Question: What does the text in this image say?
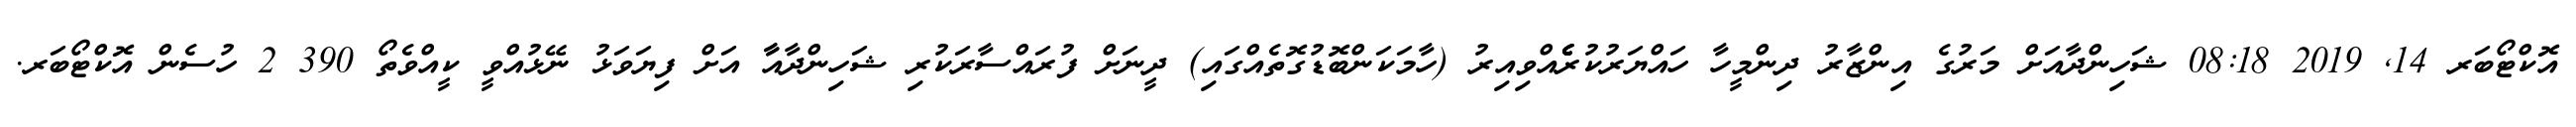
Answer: އޮކްޓޯބަރ 14, 2019 08:18 ޝަހިންދާއަށް މަރުގެ އިންޒާރު ދިންމީހާ ހައްޔަރުކުރެެެެެއްވިއިރު (ހާމަކަންބޮޑުގޮތެއްގައި) ދީނަށް ފުރައްސާރަކުރި ޝަހިންދާއާާ އަށް ފިޔަވަޅު ނޭޅުއްވީ ކީއްވެތޯ 390 2 ހުސެން އޮކްޓޯބަރ.